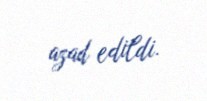
azad edildi.